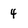
Character: 4